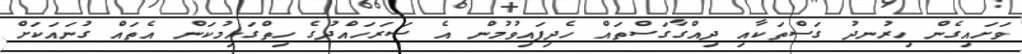
ވަށައިގެން ހިރުނދު ގަސްތަކާއި ދިއްގާގަސްތައް ހެދިފައިވުމުން އެ ސަރަހައްދުގެ ހިތްގައިމުކަން އެތައް ގުނައަކަށް